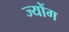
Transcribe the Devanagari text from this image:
ज्योंग